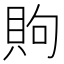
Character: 䝭